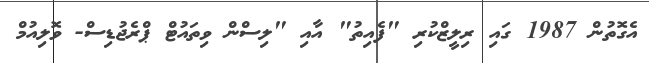
އެގޮތުން 1987 ގައި ރިލީޒްކުރި "ފެއިތު" އާއި "ލިސްން ވިތައުޓް ޕްރެޖުޑިސް- ވޮލިއުމް